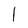
Character: l